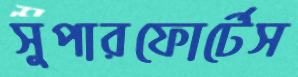
সুপারফোর্টেস